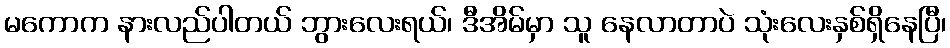
မကောက နားလည်ပါတယ် ဘွားလေးရယ်၊ ဒီအိမ်မှာ သူ နေလာတာပဲ သုံးလေးနှစ်ရှိနေပြီ၊